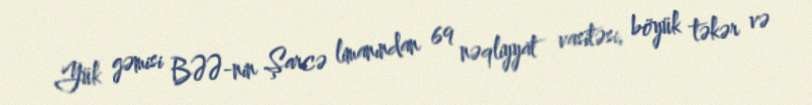
Yük gəmisi BƏƏ-nin Şarcə limanından 69 nəqliyyat vasitəsi, böyük təkər və